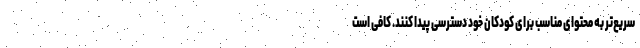
سریع‌تر به محتوای مناسب برای کودکان‌ خود دسترسی پیدا کنند. کافی است